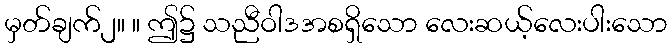
မှတ်ချက်၂။ ။ ဤ၌ သညီဝါဒအစရှိသော လေးဆယ့်လေးပါးသော